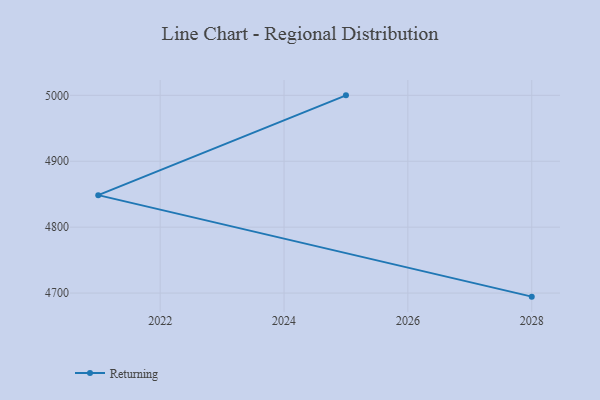
{"axis": {"x": "Year", "y": "Active Users"}, "legend": ["Returning"], "data": [{"x": "2028", "y": 4694.6, "type": "Returning"}, {"x": "2021", "y": 4848.6, "type": "Returning"}, {"x": "2025", "y": 5000, "type": "Returning"}]}